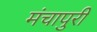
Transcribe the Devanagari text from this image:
मंचापुरी